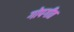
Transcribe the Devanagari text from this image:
गोपगीत